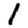
Digit: 1